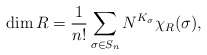
\begin{align*}\dim R = \frac{1}{n!} \sum_{\sigma \in S_n}N^{K_\sigma} \chi_{R} (\sigma),\end{align*}